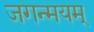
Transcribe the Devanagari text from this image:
जगन्मयम्